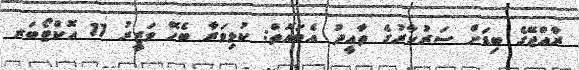
ރާއްޖޭގެ ބިޑަށް ސަރުކާރުގެ ތާއީދު އެބައޮތް: ކުޅިވަރާ ބެހޭ ވަޒީރު 17 އޮކްޓޯބަރ